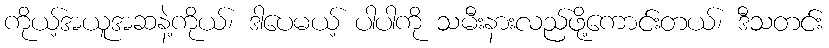
ကိုယ့်အယူအဆနဲ့ကိုယ်၊ ဒါပေမယ့် ပါပါကို သမီးနားလည်ဖို့ကောင်းတယ်၊ ဒီသတင်း